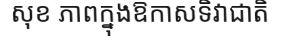
សុខ ភាពក្នុងឱកាសទិវាជាតិ